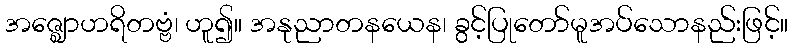
အဇ္ဈောဟရိတဗ္ဗံ၊ ဟူ၍။ အနုညာတနယေန၊ ခွင့်ပြုတော်မူအပ်သောနည်းဖြင့်။